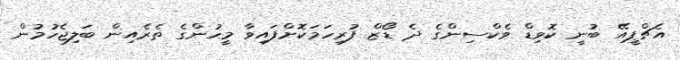
އެޗްޕީއޭ ބުނީ ކޮވިޑް ވެކްސިންގެ ދެ ޑޯޒް ފުރިހަމަކޮށްފައިވާ މީހުންގެ ތެރެއިން ބަލިޖެހުމުން